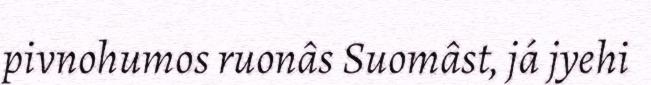
pivnohumos ruonâs Suomâst, já jyehi